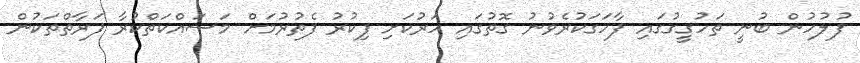
ފުލުހުން ބުނީ ތަހުގީގުގައި ފާހަގަކުރެވުނު ގޮތުގައި ހަރުކަށި ފިކުރު ފެތުރުމަށް މަސައްކަތްކުރާ ފަރާތްތަކުން